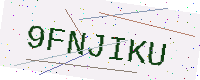
Text: 9FNJIKU